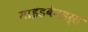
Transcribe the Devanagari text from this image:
माइंडबेनडर्स